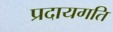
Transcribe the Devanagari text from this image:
प्रदायगति